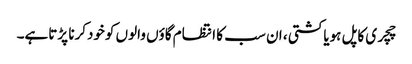
چچری کاپل ہویاکشتی ، ان سب کا انتظام گاؤں والوں کوخودکرنا پڑتاہے۔